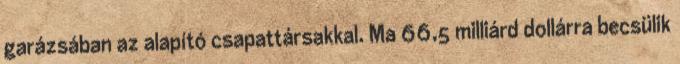
garázsában az alapító csapattársakkal. Ma 66,5 milliárd dollárra becsülik